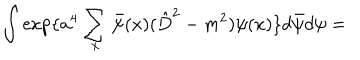
LaTeX: \int \exp \{ a ^ { 4 } \sum _ { x } \bar { \psi } ( x ) ( \hat { D } ^ { 2 } - m ^ { 2 } ) \psi ( x ) \} d \bar { \psi } d \psi =